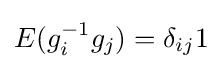
E(g_{i}^{-1}g_{j})=\delta _{ij}1